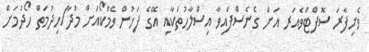
ވެށިފާރަ ސޮފްޓްވެއަރ އަށް ގެނެސްފައިވާ އިސްލާހުތަކާއި އޭގެ ފަހުން ވެމްކޯއަށް މުދާ/ހިދުމަތް ހޯދުމަށް